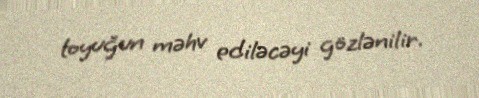
toyuğun məhv ediləcəyi gözlənilir.